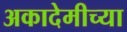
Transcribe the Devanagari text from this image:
अकादेमीच्या